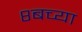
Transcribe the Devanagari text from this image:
८बच्या